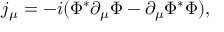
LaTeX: j _ { \mu } = - i ( \Phi ^ { * } \partial _ { \mu } \Phi - \partial _ { \mu } \Phi ^ { * } \Phi ) ,